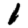
Digit: 1